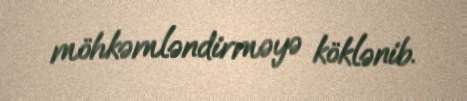
möhkəmləndirməyə köklənib.